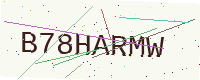
Text: B78HARMW